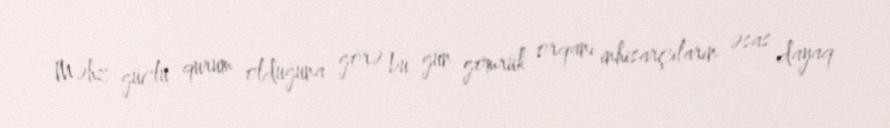
Məhz güclü qurum olduğuna görə bu gün gömrük orqanı inhisarçıların əsas dayaq